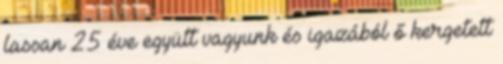
lassan 25 éve együtt vagyunk és igazából ő kergetett